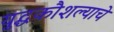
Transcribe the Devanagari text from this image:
युद्धकौशल्याचे